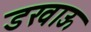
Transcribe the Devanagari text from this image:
डखाऊ